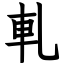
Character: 軋